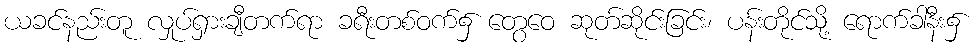
ယခင်နည်းတူ လှုပ်ရှားချီတက်ရာ ခရီးတစ်ဝက်၌ တွေဝေ ဆုတ်ဆိုင်းခြင်း၊ ပန်းတိုင်သို့ ရောက်ခါနီး၌